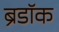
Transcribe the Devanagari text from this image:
ब्रैडॉक